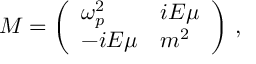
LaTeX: { \cal M } = \left( \begin{array} { l l } { { \omega _ { p } ^ { 2 } } } & { { i { \cal E } \mu } } \\ { { - i { \cal E } \mu } } & { { m ^ { 2 } } } \end{array} \right) \, ,